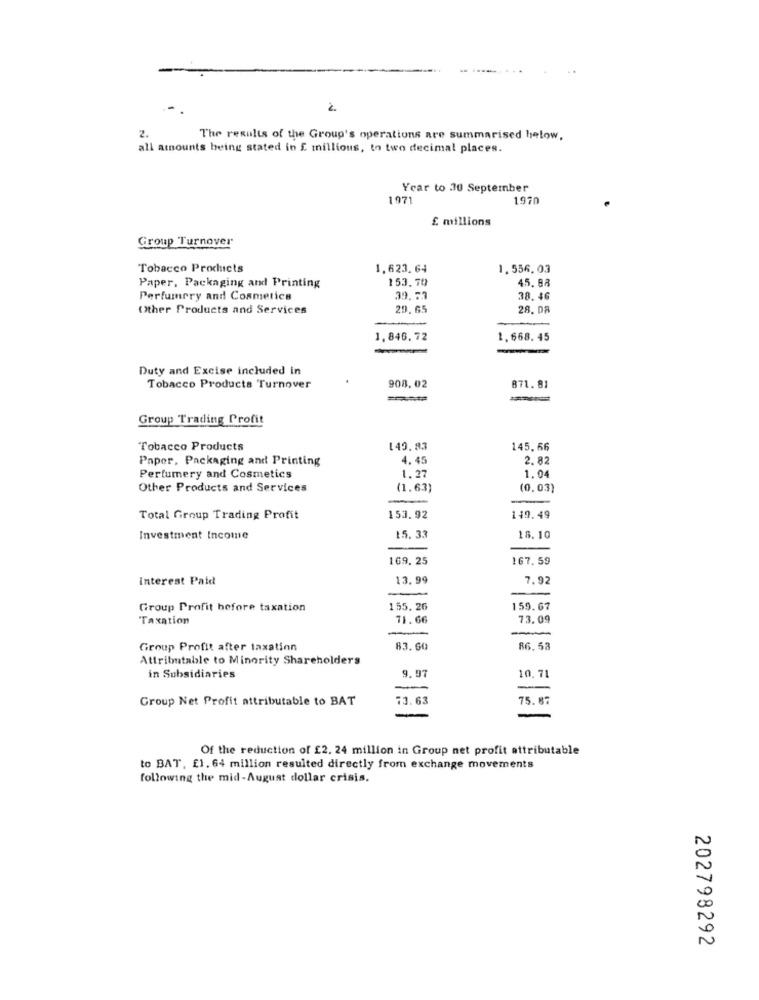
2.
2.
The results of the Group's operations are summarised below,
all amounts being stated in £ millions, to two decimal places.
Year to 30 September
1971
1970
£ millions
Group Turnover
Tobacco Products
1,623,64
1.556,03
153.70
45. 88
Paper, Packaging and Printing
Perfumery and Cosmetics
39.53
38.46
Other Products and Services
29. 65
28. DA
1,846,72
1.668.45
Duty and Excise included in
908.02
871.81
Tobacco Products Turnover
Group Trading Profit
Tobacco Products
149, 83
145.66
Paper, Packaging and Printing
4.45
2. 82
Perfumery and Cosmetics
1.27
1.04
Other Products and Services
(1.63)
(0.03)
Total Group Trading Profit
153.92
140.49
Investment Income
15. 33
18.10
169. 25
167.59
Interest Paid
13.99
7.92
Group Profit before taxation
155.26
159.67
Taxation
71.66
73.09
Group Profit after taxation
83. 60
86.53
Attributable to Minority Shareholders
10.7
in Subsidiaries
9.97
-
Group Net Profit attributable to BAT
13.63
75.87
Of the reduction of £2. 24 million in Group net profit attributable
to BAT, £1. 64 million resulted directly from exchange movements
following the mid-August dollar crisis.
202798292